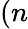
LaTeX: (n